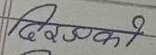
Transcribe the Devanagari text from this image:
दिर उसकी